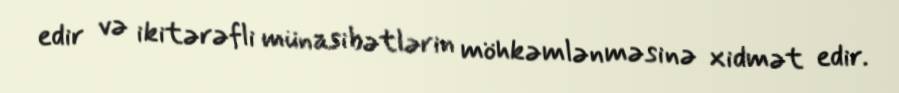
edir və ikitərəfli münasibətlərin möhkəmlənməsinə xidmət edir.